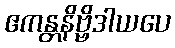
ဧကန္တနိဗ္ဗိဒါယပေ